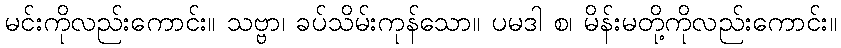
မင်းကိုလည်းကောင်း။ သဗ္ဗာ၊ ခပ်သိမ်းကုန်သော။ ပမဒါ စ၊ မိန်းမတို့ကိုလည်းကောင်း။